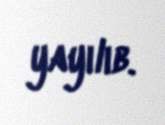
yayılıb.